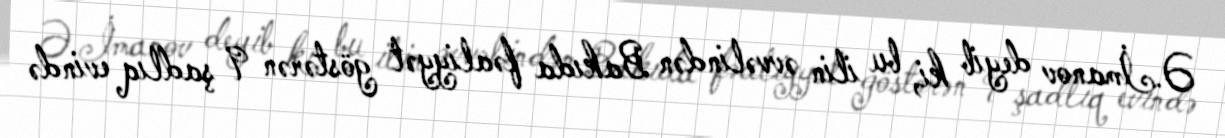
Ə.İmanov deyib ki, bu ilin əvvəlindən Bakıda fəaliyyət göstərən 9 şadlıq evində